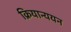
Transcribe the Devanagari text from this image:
क्रियान्ययन